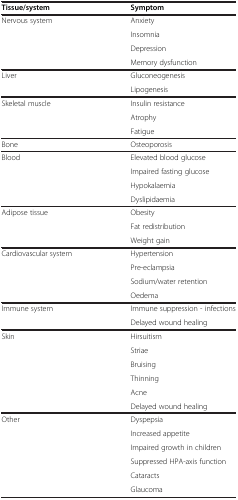
<table><thead><tr><td><b>Tissue/system</b></td><td><b>Symptom</b></td></tr></thead><tbody><tr><td>Nervous system</td><td>Anxiety</td></tr><tr><td> </td><td>Insomnia</td></tr><tr><td> </td><td>Depression</td></tr><tr><td> </td><td>Memory dysfunction</td></tr><tr><td>Liver</td><td>Gluconeogenesis</td></tr><tr><td> </td><td>Lipogenesis</td></tr><tr><td>Skeletal muscle</td><td>Insulin resistance</td></tr><tr><td> </td><td>Atrophy</td></tr><tr><td> </td><td>Fatigue</td></tr><tr><td>Bone</td><td>Osteoporosis</td></tr><tr><td>Blood</td><td>Elevated blood glucose</td></tr><tr><td> </td><td>Impaired fasting glucose</td></tr><tr><td> </td><td>Hypokalaemia</td></tr><tr><td> </td><td>Dyslipidaemia</td></tr><tr><td>Adipose tissue</td><td>Obesity</td></tr><tr><td> </td><td>Fat redistribution</td></tr><tr><td> </td><td>Weight gain</td></tr><tr><td>Cardiovascular system</td><td>Hypertension</td></tr><tr><td> </td><td>Pre-eclampsia</td></tr><tr><td> </td><td>Sodium/water retention</td></tr><tr><td> </td><td>Oedema</td></tr><tr><td>Immune system</td><td>Immune suppression - infections</td></tr><tr><td> </td><td>Delayed wound healing</td></tr><tr><td>Skin</td><td>Hirsuitism</td></tr><tr><td> </td><td>Striae</td></tr><tr><td> </td><td>Bruising</td></tr><tr><td> </td><td>Thinning</td></tr><tr><td> </td><td>Acne</td></tr><tr><td> </td><td>Delayed wound healing</td></tr><tr><td rowspan="6">Other</td><td>Dyspepsia</td></tr><tr><td>Increased appetite</td></tr><tr><td>Impaired growth in children</td></tr><tr><td>Suppressed HPA-axis function</td></tr><tr><td>Cataracts</td></tr><tr><td>Glaucoma</td></tr></tbody></table>